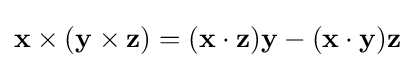
\mathbf {x} \times (\mathbf {y} \times \mathbf {z} )=(\mathbf {x} \cdot \mathbf {z} )\mathbf {y} -(\mathbf {x} \cdot \mathbf {y} )\mathbf {z}